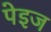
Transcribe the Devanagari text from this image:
पेइज